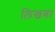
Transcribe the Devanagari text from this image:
लिखबा